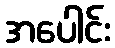
အပေါင်း